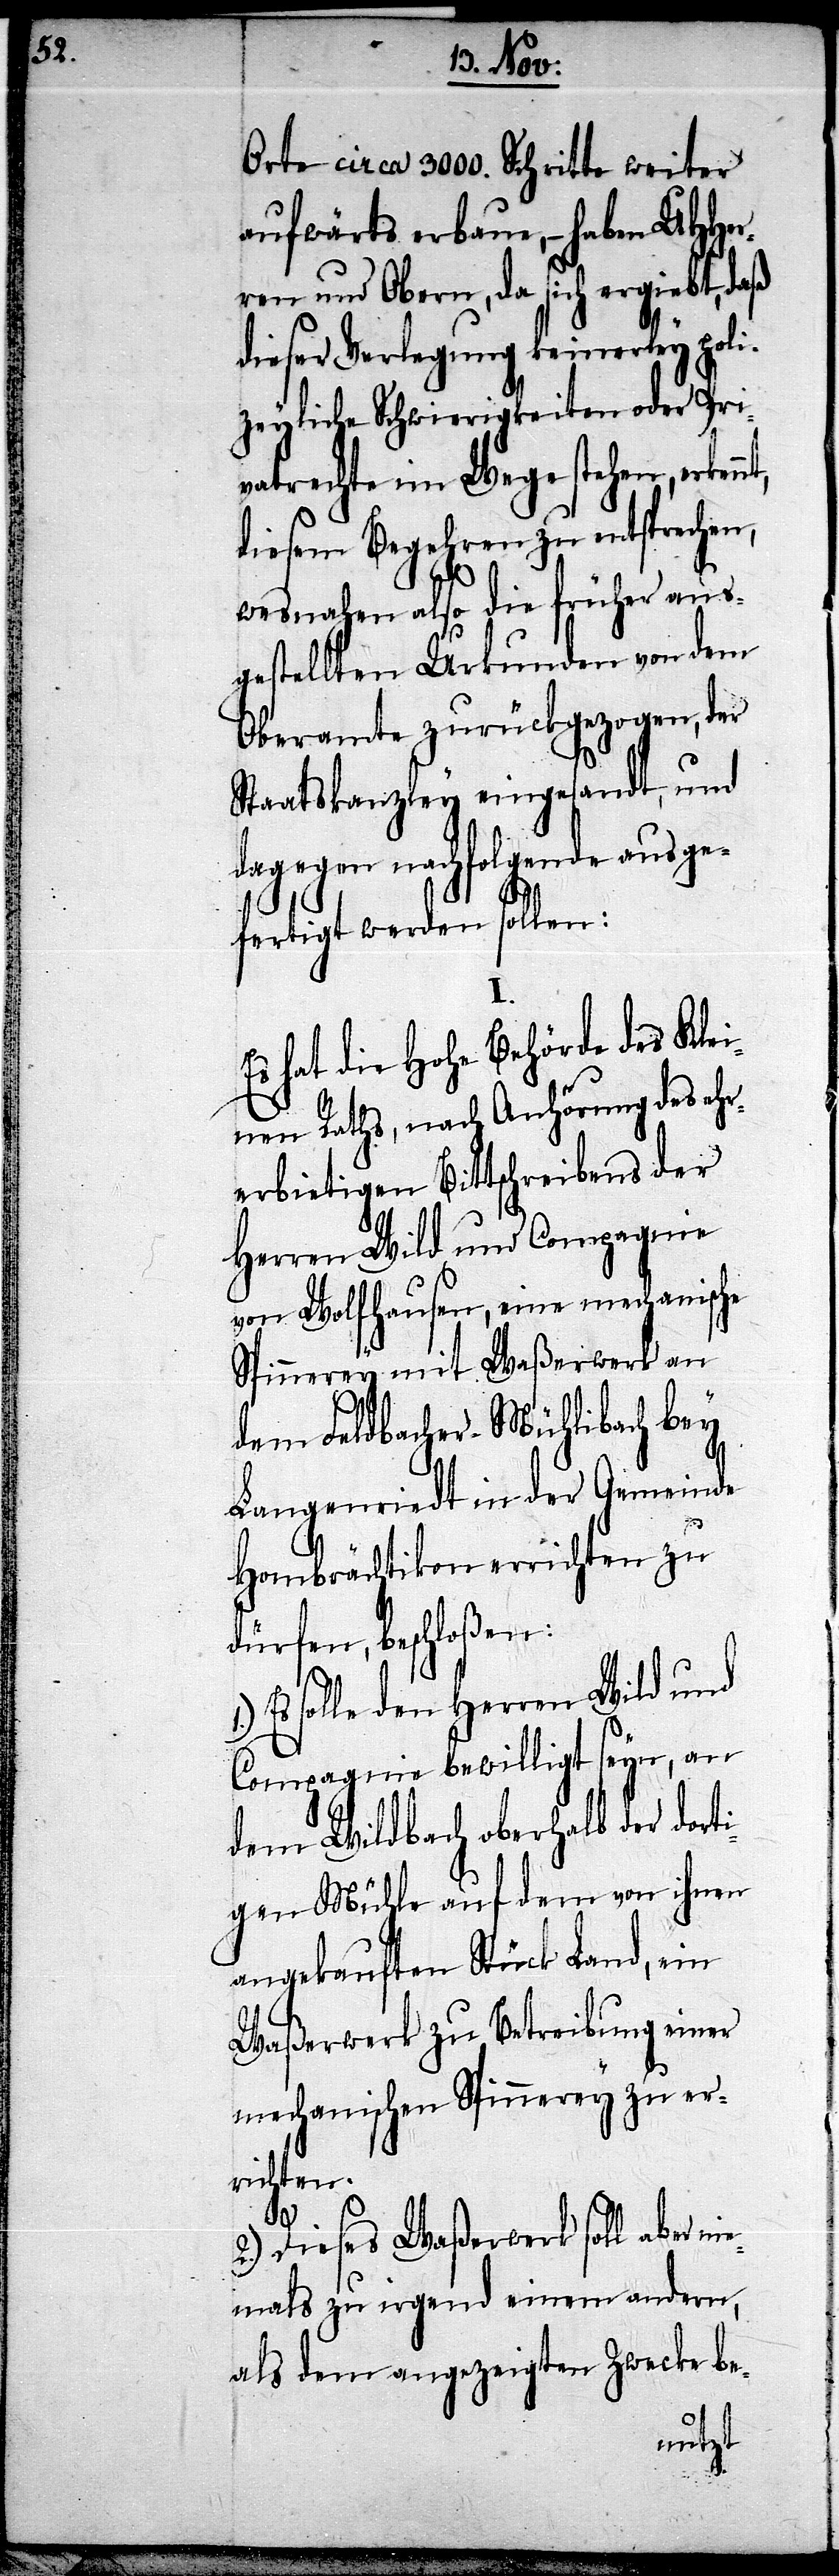
Orte circa 3000. Schritte weiter
aufwärts erbaue, – haben UHHer¬
ren und Obern, da sich ergiebt, daß
dieser Verlegung keinerley poli¬
zeyliche Schwierigkeiten oder Pri¬
vatrechte im Wege stehen, erken¬
diesem Begehren zu entsprechen,
ge¬
wesnahen also die früher aus¬
gestellten Urkunden von dem
Oberamte zurückgezogen, der
fertigt werden sollen:
I.
Es hat die Hohe Behörde des Klei¬
nen Raths, nach Anhörung des ehr¬
erbietigen Bittschreibens der
Herr Wild und Compagnie
von Wolfhausen, eine mechanische
Spinnerey mit Waßerwerk an
dem Feldbacher-Mühlibach bey
Langenriedt in der Gemeinde
Hombrächtikon errichten zu
dürfen, beschloßen:
Es solle den Herren Wild und
Compagnie bewilligt seyn, an
dem Wildbach oberhalb der dort¬
igen Mühle auf dem von ihnen
angekauften Stück Land, ein
Waßerwerk zu Betreibung einer
mechanischen Spinnerey zu er¬
richten.
2.) Dieses Waßerwerk soll aber n¬
iemals zu irgend einem andern,
als dem angezeigten Zwecke be-